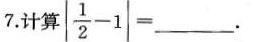
7.计算$$| \frac { 1 } { 2 } - 1 | = ___$$.